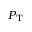
P _ { \mathrm { T } }